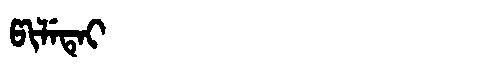
Manchu: ᡦᡳᠯᡝᡨᡝᡳ
Romanization: PILETEI